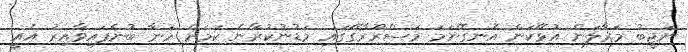
ނަޖީބު މަރާލަން އުޅޭކަން އެނގޭނަމަ މަސްރޫރާގޭގައި މަޑުނުކުރާނެ ކަމަށް ހަނާ ބުނެފައިވާއިރު އެއީ